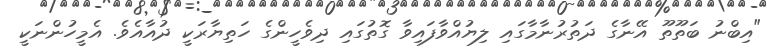
"އިބްނު ބަތޫތޫ އޭނާގެ ދަތުރުނާމާގައި ލިޔުއްވާފައިވާ ގޮތުގައި ދިވެހީންގެ ހަތިޔާރަކީ ދުއާއެވެ. އެމީހުންނަކީ